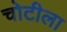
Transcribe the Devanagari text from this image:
चोटीला